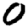
Digit: 0